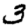
Digit: 3